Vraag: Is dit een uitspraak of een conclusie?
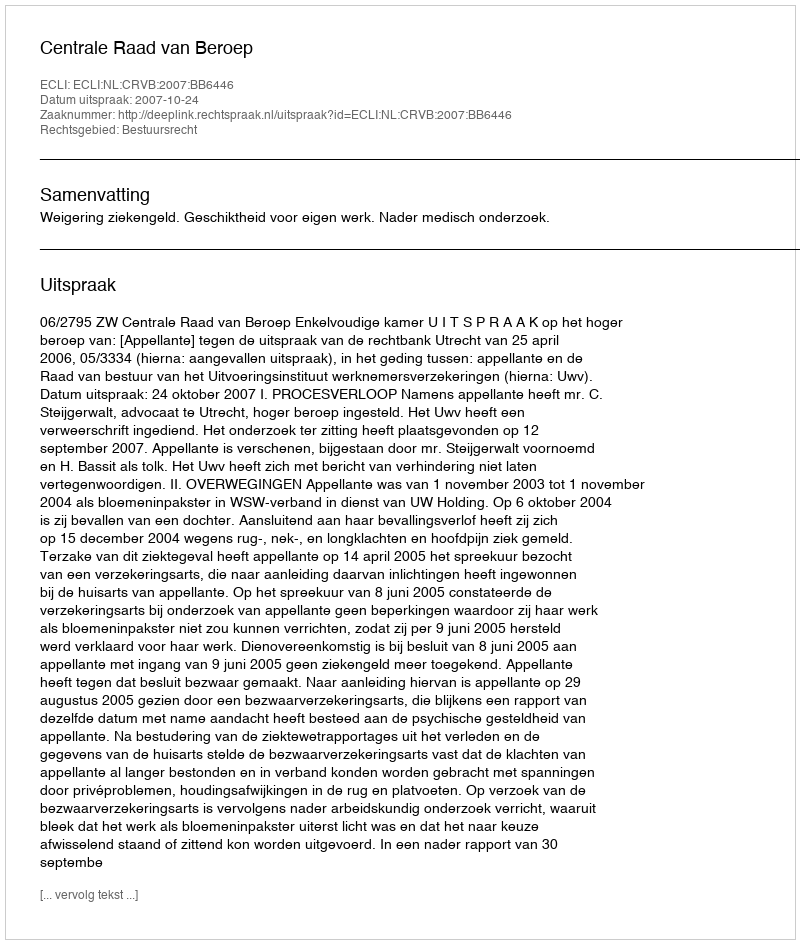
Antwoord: Uitspraak